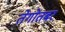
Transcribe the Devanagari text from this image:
तेगोतबर